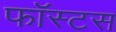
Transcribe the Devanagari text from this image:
फॉस्टस